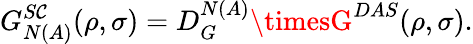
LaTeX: G_{N(A)}^{S\mathcal{C}}(\rho,\sigma)=D_{G}^{N(A)}\timesG^{DAS}(\rho,\sigma).